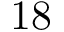
1 8